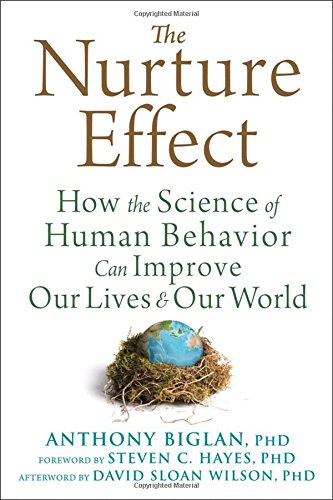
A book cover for The Nurture Effect: How the Science of Human Behavior Can Improve Our Lives and Our World; Anthony Biglan; Medical Books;